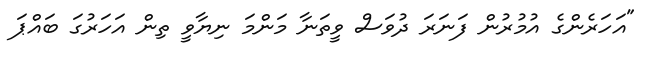
"އަހަރެންގެ އުމުރުން ފަނަރަ ދުވަސް ވީތަނާ މަންމަ ނިޔާވީ ތިން އަހަރުގަ ބައްޕަ